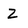
Character: Z